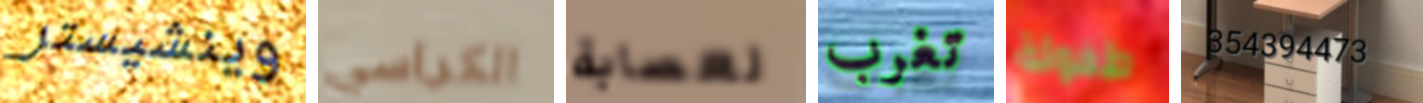
وينشيستر الكراسي لعصابة تغرب طفولة 354394473